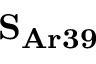
{ \bf S _ { \bf A r 3 9 } }